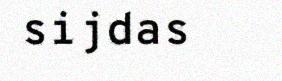
sijdas